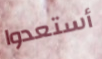
أستعدوا